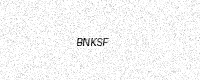
Text: BNKSF